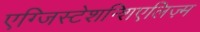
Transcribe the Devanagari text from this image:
एग्जिस्टेशन्शिएलिज़्म